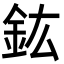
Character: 鈜